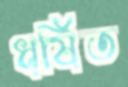
ধর্ষিত